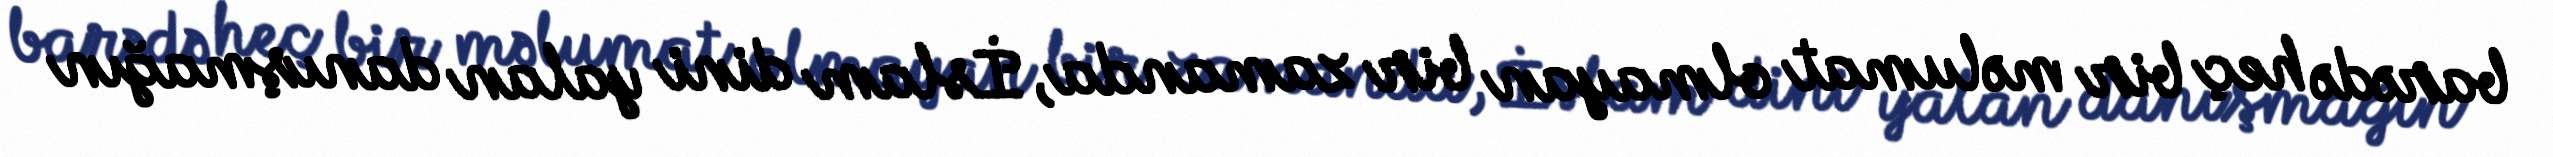
barədə heç bir məlumat olmayan bir zamanda, İslam dini yalan danışmağın